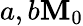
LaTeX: a,b\le M_{0}